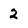
Character: 2